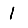
Digit: 1